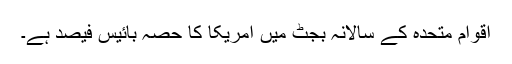
اقوام متحدہ کے سالانہ بجٹ میں امریکا کا حصہ بائیس فیصد ہے۔